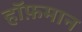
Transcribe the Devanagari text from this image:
हॉफ़मान